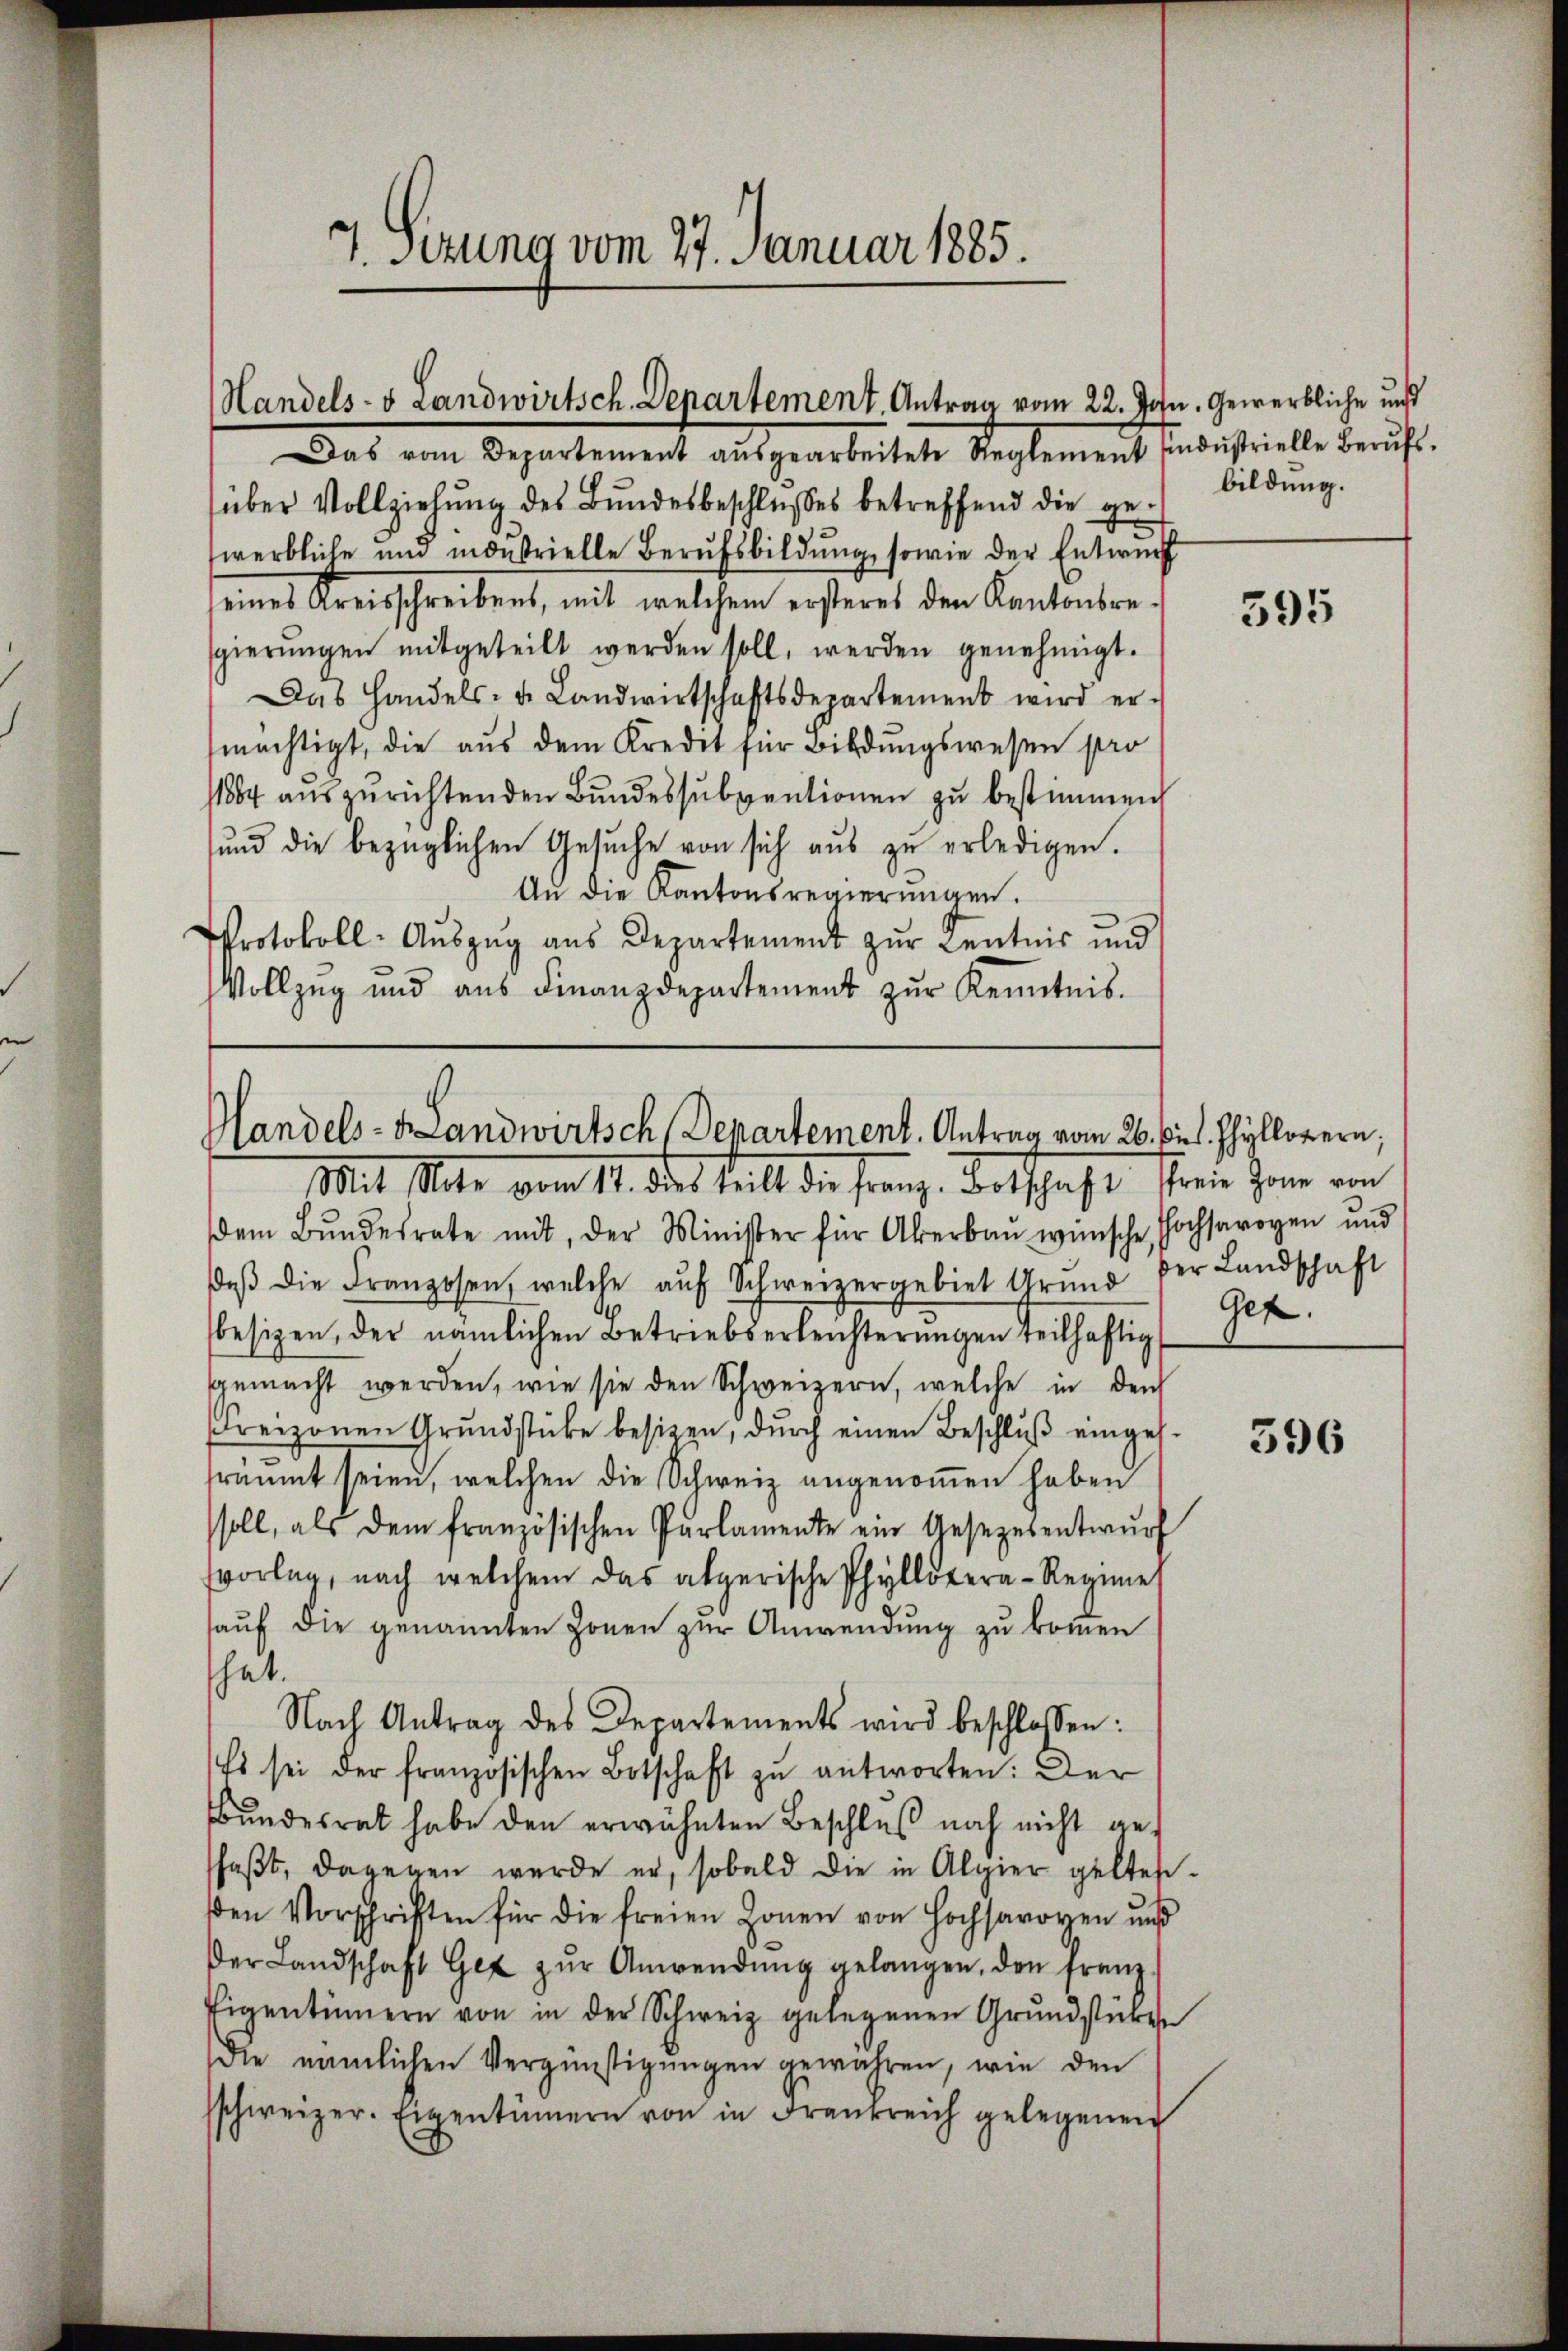
7. Sizung vom 27. Januar 1885.

Handels- & Landwirtsch. Denartement. Antrag vom 22. Jan. Gewerbliche und
Das vom Departement aŭsgearbeitete Reglement sindŭstrielle Berŭfs-

Handels- Landwirtsch, Departement. Antrag vom 26. bis Phyllozern,
Mit Mate vom 11. der teilt die Franz. Dortschaft freie Zeine von

über Vollziehung des Bundesbeschlusses betreffend die gewerbliche und indestrielle Berufsbildung, sowie der Entwurf
seines Kreisschreibens, mit welchem ersteres den Kantonsresgierŭngen mitgeteilt werden soll, werden genehmigt.
Das Handels- u. Landwirtschaftsdepartement wird er-
mächtigt, die aus dem Kredet für Bildungswesen pro
11864 auszurichtenden Bundessubventionen zu bestimmen
ŭnd die bezüglichen Gesŭche von sich aŭs zŭ erledigen.
An die Kantonsregierungen.
Protokoll- Aŭszŭg aŭs Departement zŭr Kentnis und
Vollzug und aŭs Finanzdepartement zŭr Kenntnis.

bildung.

dem Bŭndesrate mit, der Minister für Aberbau wünsche Hochsaroyen und
daβ die Franzosen, welche aŭf Schweizergebiet Grund der Landschaft
besizen, der nämlichen Betriebserleichterŭngen teilhaftig
sgemacht werden, wie sie den Schweizern, welche in der
Freizonen Grŭndstücke besizen, dŭrch einen Beschlŭβ eingeh-
fräumt seien, welchen die Schweiz angenommen haben
soll, als dem französischen Parlamente ein Gesetzesentwŭrf
vorlag, nach welchem das abgerische Phyllotera-Regimen
aŭf die genannten Zonen zur Anwendung zu kommen
hat.
Nach Antrag des Departements wird beschlossen:
Es sei der französischen Botschaft zu antworten: Der
Bundesrat habe den erwähnten Beschluß noch nicht geschaft, dagegen wurde er, sobald die in Alpier geltes-
den Vorschriften für die freien Zonen von Hochsaroyen ŭn
der Landschaft Ge zŭr Anwendŭng gelangen, den franz-
Eigentümern von in der Schweiz gelegenen Grundstücken
die nämlichen Vergünstigŭngen gewähren, wie den
sschweizer. Eigentümern von in Frankreich gelegenen

395

Gez.

396